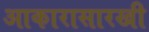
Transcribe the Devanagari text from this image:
आकारासारखी